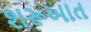
શરૂઆત